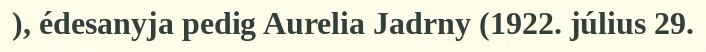
), édesanyja pedig Aurelia Jadrny (1922. július 29.